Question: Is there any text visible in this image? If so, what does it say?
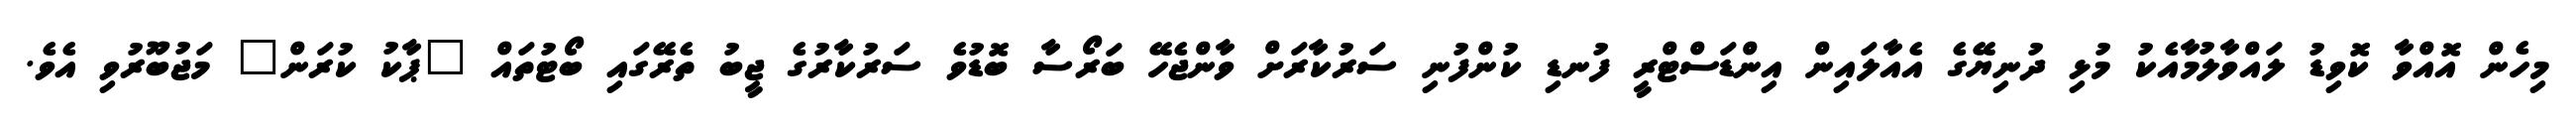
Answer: މިހެން އޮއްވާ ކޮވިޑު ލައްވާލުމާއެކު މުޅި ދުނިޔޭގެ އެއާލައިން އިންޑަސްޓްރީ ފުނޑި ކުންފުނި ސަރުކާރަށް ވާންޖެހޭ ބަރޯސާ ބޮޑުވެ ސަރުކާރުގެ ޖީބު ތެރޭގައި ބޯޓުތައް "ޕާކު ކުރަން" މަޖުބޫރުވި އެވެ.